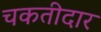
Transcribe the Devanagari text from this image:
चकतीदार